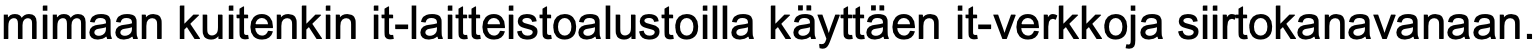
mimaan kuitenkin it-laitteistoalustoilla käyttäen it-verkkoja siirtokanavanaan.